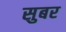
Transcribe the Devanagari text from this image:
सुबर